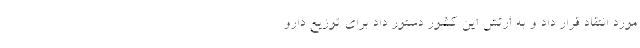
مورد انتقاد قرار داد و به ارتش این کشور دستور داد برای توزیع دارو